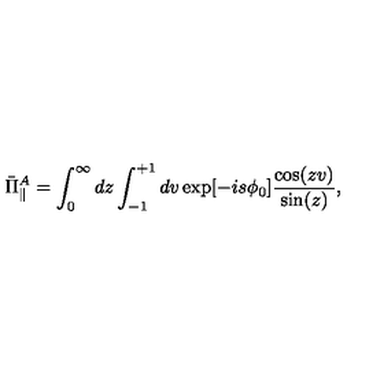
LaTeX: \bar { \Pi } _ { \parallel } ^ { A } = \int _ { 0 } ^ { \infty } d z \int _ { - 1 } ^ { + 1 } d v \exp [ { - i s \phi _ { 0 } } ] \frac { \cos ( z v ) } { \sin ( z ) } ,